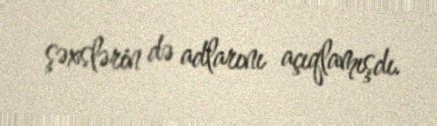
şəxslərin də adlarını açıqlamışdı.